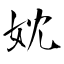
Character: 妉